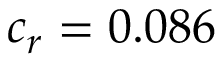
c _ { r } = 0 . 0 8 6